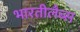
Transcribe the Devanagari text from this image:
भारतीलैब्स